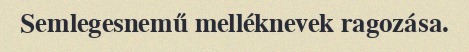
Semlegesnemű melléknevek ragozása.